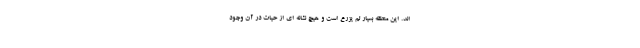
اند. این منطقه بسیار لم یزرع است و هیچ نشانه ای از حیات در آن وجود